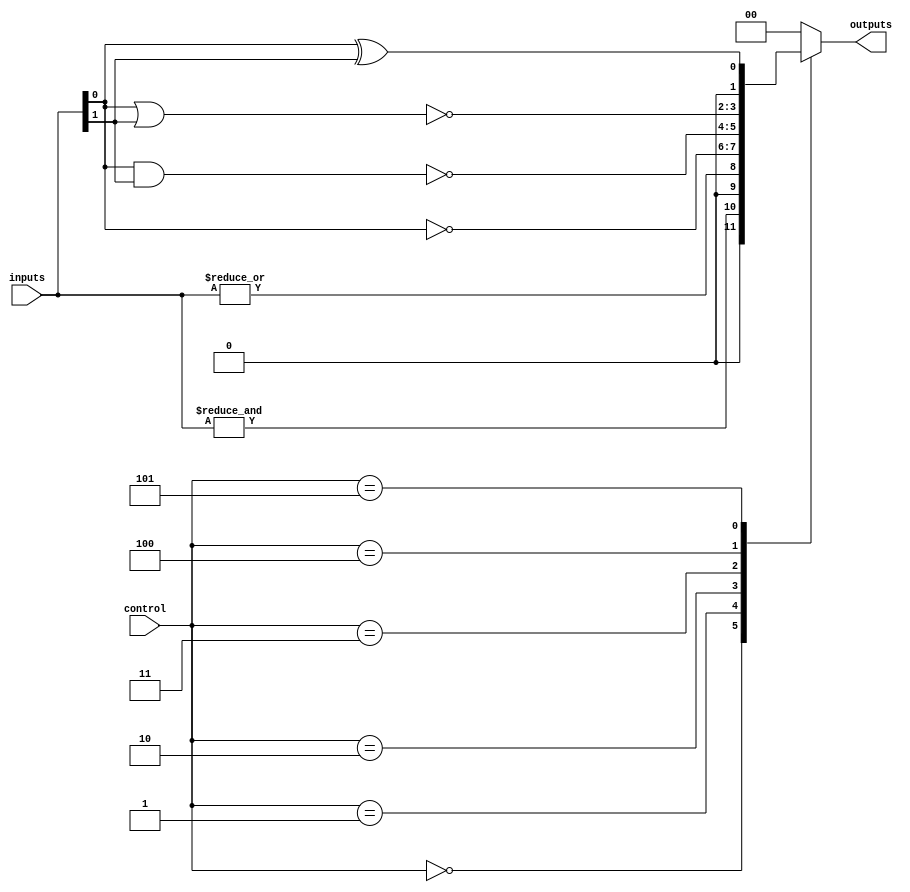
module AdjacencyGroup #(
    parameter NUM_INPUTS = 4,
    parameter NUM_OUTPUTS = 2
)(
    input wire [NUM_INPUTS-1:0] inputs,      // Group inputs
    input wire [2:0] control,                 // Control signals to select logic function
    output reg [NUM_OUTPUTS-1:0] outputs      // Group outputs
);

    // Define control signals for logic functions
    localparam AND_FUNC = 3'b000;
    localparam OR_FUNC  = 3'b001;
    localparam NOT_FUNC = 3'b010; // NOT applied to first input
    localparam NAND_FUNC = 3'b011;
    localparam NOR_FUNC  = 3'b100;
    localparam XOR_FUNC  = 3'b101;

    always @(*) begin
        case (control)
            AND_FUNC: begin
                outputs = &inputs; // AND operation
            end
            OR_FUNC: begin
                outputs = |inputs; // OR operation
            end
            NOT_FUNC: begin
                outputs = ~inputs[0]; // NOT operation on first input
            end
            NAND_FUNC: begin
                outputs = ~(inputs[0] & inputs[1]); // NAND operation
            end
            NOR_FUNC: begin
                outputs = ~(inputs[0] | inputs[1]); // NOR operation
            end
            XOR_FUNC: begin
                outputs = inputs[0] ^ inputs[1]; // XOR operation
            end
            default: begin
                outputs = {NUM_OUTPUTS{1'b0}}; // Default case
            end
        endcase
    end

endmodule